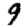
Digit: 9